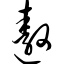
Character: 遨